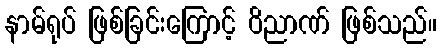
နာမ်ရုပ် ဖြစ်ခြင်းကြောင့် ဝိညာဏ် ဖြစ်သည်။